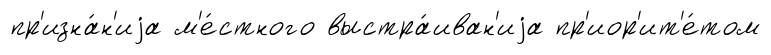
пр'изна́н'иjа м'е́стного выстра́иван'иjа пр'иор'ит'е́том